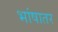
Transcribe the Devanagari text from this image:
भांषातर